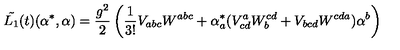
\tilde { L _ { 1 } } ( t ) ( \alpha ^ { * } , \alpha ) = \frac { g ^ { 2 } } { 2 } \left( \frac { 1 } { 3 ! } V _ { a b c } W ^ { a b c } + \alpha _ { a } ^ { * } ( V _ { c d } ^ { a } W _ { b } ^ { c d } + V _ { b c d } W ^ { c d a } ) \alpha ^ { b } \right)